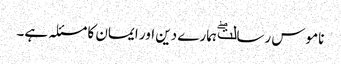
ناموس رسالتۖ ہمارے دین اور ایمان کا مسئلہ ہے۔